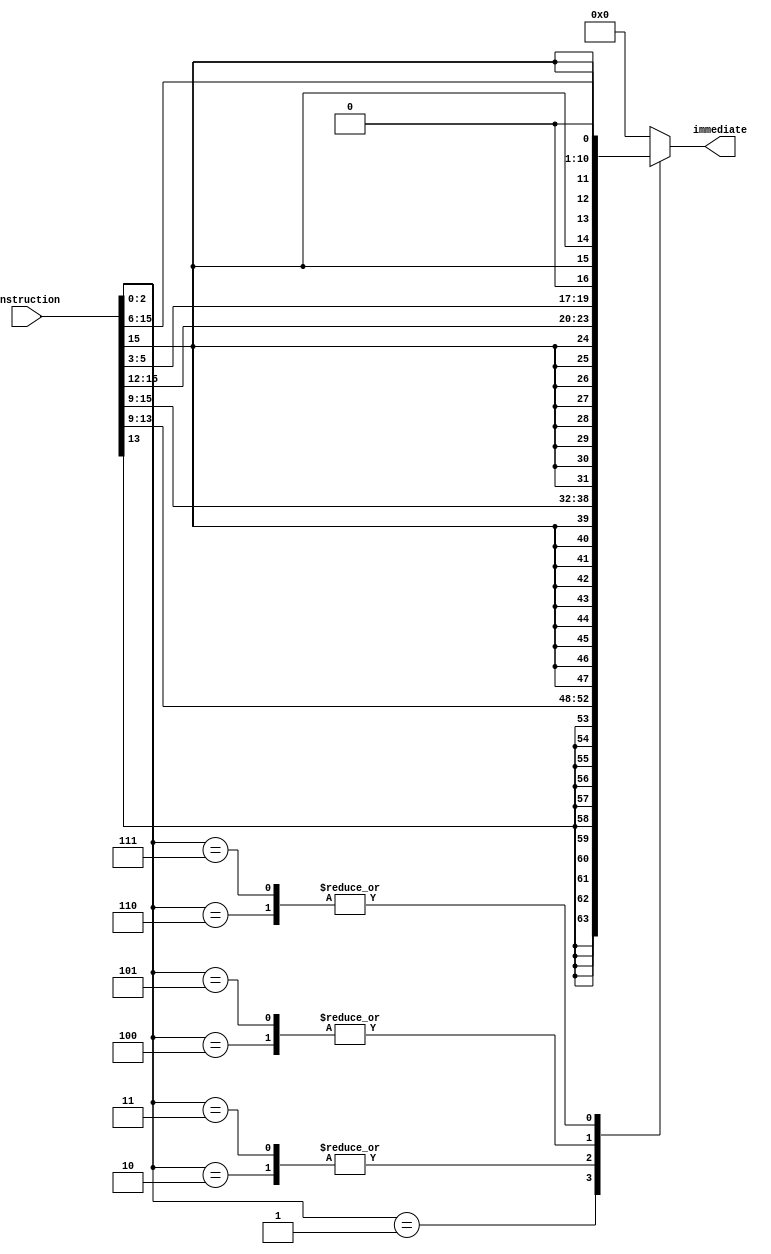
/*
The immediate generation logic must choose between sign-extending a field in instruction bits 
15:12 for R register instructions, 
13:9 for I immediate instructions,
15:9 for M memory instructions, 
15:12 and 5:3 with bit shift left 1 for Y conditional branch,
15:6 with bit shift left 1 for J jump instructions.
Since the input is all 16 bits of the instruction, it can use the opcode bits of the instruction to select the proper field. 
*/

module Imm_Gen(
    input [15:0] instruction,
    output reg [15:0] immediate
);

wire [2:0] opcode = instruction[2:0];

always @* begin
    case (opcode)
        3'b001: immediate = {{11{instruction[13]}}, {instruction[13:9]}};
        3'b010: immediate = {{9{instruction[15]}}, {instruction[15:9]}};
        3'b011: immediate = {{9{instruction[15]}}, {instruction[15:9]}};
        3'b100: immediate = {{9{instruction[15]}}, {instruction[15:12]}, {instruction[5:3]}, 1'b0};
        3'b101: immediate = {{8{instruction[15]}}, {instruction[15:12]}, {instruction[5:3]}, 1'b0};
        3'b110: immediate = {{5{instruction[15]}}, {instruction[15:6]}, 1'b0};
        3'b111: immediate = {{5{instruction[15]}}, {instruction[15:6]}, 1'b0};
        default: immediate = 16'b0;
endcase
end

endmodule